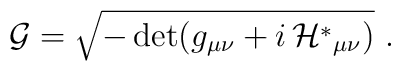
{\cal G}= \sqrt{-\det (g_{\mu\nu}+i\,  {\cal H}^*{}_{\mu\nu})}\ .